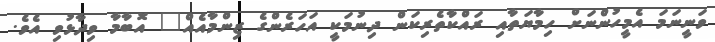
ވަނީނަމަ އެމީހުންނަށް ހިމާޔަތާއި ރައްކާތެރިކަން ދިނުމަކީ އަހަރެންގެ ޒިންމާއެއް" އޮބާމާ ވިދާޅުވި އެވެ.